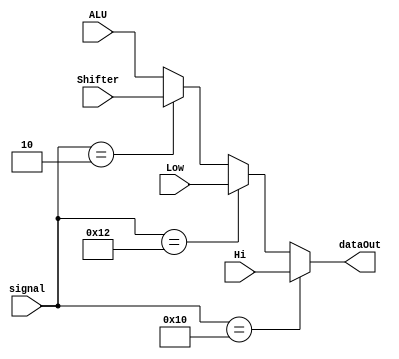
`timescale 1ns/1ns
module MUX( signal, ALU, Hi, Low, Shifter, dataOut );
  input[5:0] signal ;
  input[31:0] ALU, Hi, Low, Shifter ; 
  output[31:0] dataOut ;

  assign dataOut = (signal == 6'b010000 )?(Hi):
                   (signal == 6'b010010 )?(Low):
                   (signal == 6'b000010 )?(Shifter):(ALU) ;

endmodule